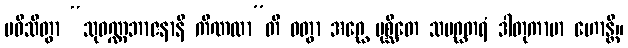
ပဝိသိတွာ “သုဝဏ္ဏဘာဇနာနိ ကိဏထာ”တိ ဝတွာ အဂ္ဃေ ပုစ္ဆိတေ သမဂ္ဃတရံ ဒါတုကာမာ ဟောန္တိ။